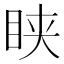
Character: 𥅴